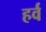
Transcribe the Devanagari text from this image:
हर्व